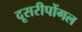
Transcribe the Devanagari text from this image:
दूसरीपोंगल